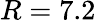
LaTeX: R=7.2